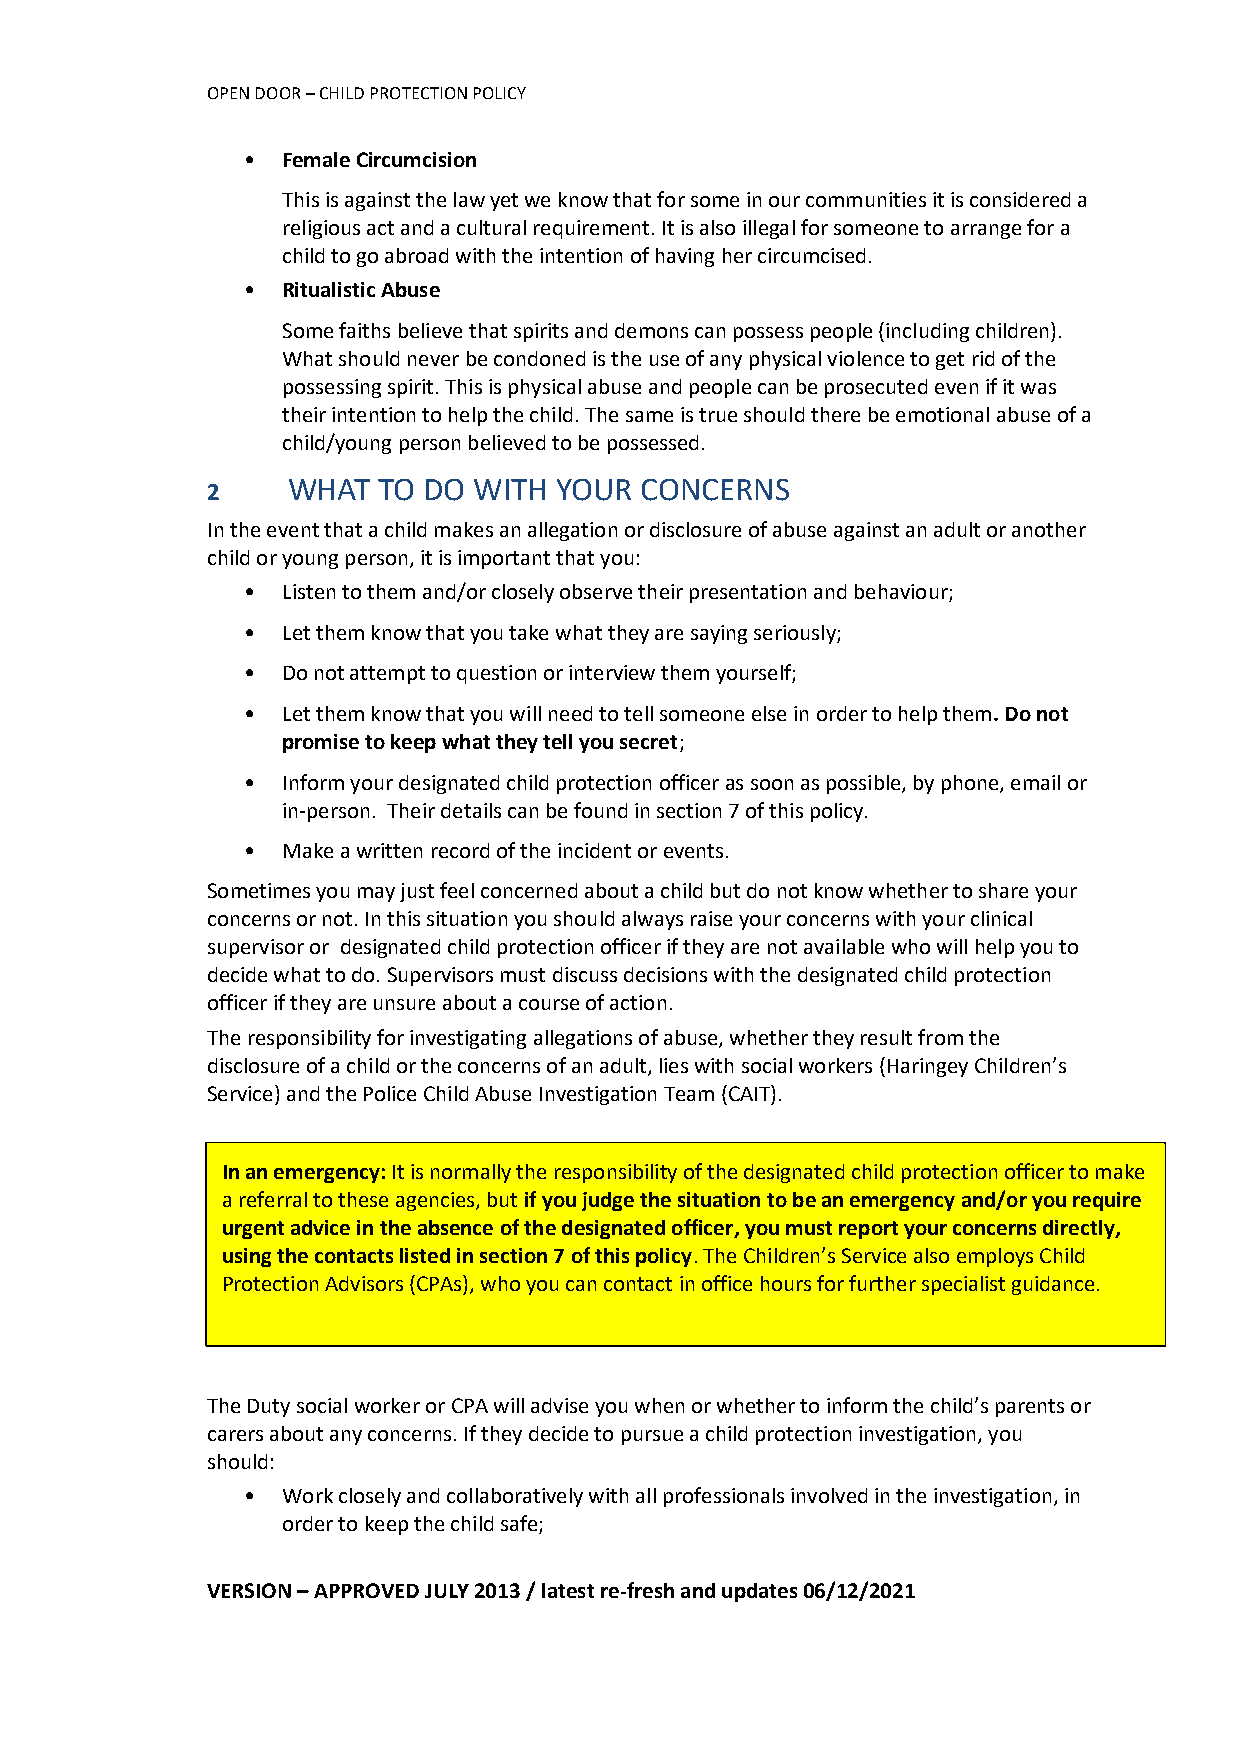
OPEN DOOR – CHILD PROTECTION POLICY
 •  Female Circumcision
 This is against the law yet we know that for some in our communities it is considered a
 religious act and a cultural requirement. It is also illegal for someone to arrange for a
 child to go abroad with the intention of having her circumcised.
 •  Ritualistic Abuse
 Some faiths believe that spirits and demons can possess people (including children).
 What should never be condoned is the use of any physical violence to get rid of the
 possessing spirit. This is physical abuse and people can be prosecuted even if it was
 their intention to help the child. The same is true should there be emotional abuse of a
 child/young person believed to be possessed.
 2    WHAT  TO DO WITH  YOUR CONCERNS
 In the event that a child makes an allegation or disclosure of abuse against an adult or another
 child or young person, it is important that you:
 •  Listen to them and/or closely observe their presentation and behaviour;
 •  Let them know that you take what they are saying seriously;
 •  Do not attempt to question or interview them yourself;
 •  Let them know that you will need to tell someone else in order to help them. Do not
 promise to keep what they tell you secret;
 •  Inform your designated child protection officer as soon as possible, by phone, email or
 in-person. Their details can be found in section 7 of this policy.
 •  Make a written record of the incident or events.
 Sometimes you may just feel concerned about a child but do not know whether to share your
 concerns or not. In this situation you should always raise your concerns with your clinical
 supervisor or designated child protection officer if they are not available who will help you to
 decide what to do. Supervisors must discuss decisions with the designated child protection
 officer if they are unsure about a course of action.
 The responsibility for investigating allegations of abuse, whether they result from the
 disclosure of a child or the concerns of an adult, lies with social workers (Haringey Children’s
 Service) and the Police Child Abuse Investigation Team (CAIT).
 In an emergency: It is normally the responsibility of the designated child protection officer to make
 a referral to these agencies, but if you judge the situation to be an emergency and/or you require
 urgent advice in the absence of the designated officer, you must report your concerns directly,
 using the contacts listed in section 7 of this policy. The Children’s Service also employs Child
 Protection Advisors (CPAs), who you can contact in office hours for further specialist guidance.
 The Duty social worker or CPA will advise you when or whether to inform the child’s parents or
 carers about any concerns. If they decide to pursue a child protection investigation, you
 should:
 •  Work closely and collaboratively with all professionals involved in the investigation, in
 order to keep the child safe;
 VERSION – APPROVED JULY 2013 / latest re-fresh and updates 06/12/2021